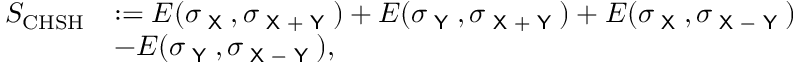
\begin{array} { r l } { S _ { \mathrm { C H S H } } } & { : = E ( \sigma _ { \textsf { X } } , \sigma _ { \textsf { X + Y } } ) + E ( \sigma _ { \textsf { Y } } , \sigma _ { \textsf { X + Y } } ) + E ( \sigma _ { \textsf { X } } , \sigma _ { \textsf { X } - \textsf { Y } } ) } \\ & { - E ( \sigma _ { \textsf { Y } } , \sigma _ { \textsf { X } - \textsf { Y } } ) , } \end{array}